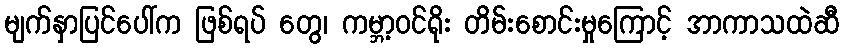
မျက်နှာပြင်ပေါ်က ဖြစ်ရပ် တွေ၊ ကမ္ဘာ့ဝင်ရိုး တိမ်းစောင်းမှုကြောင့် အာကာသထဲဆီ